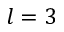
l = 3